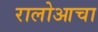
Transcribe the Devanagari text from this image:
रालोआचा